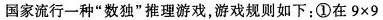
国家流行一种”数独”推理游戏，游戏规则如下：①在$$9 \times 9$$